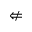
\nLeftarrow